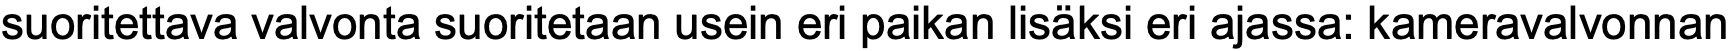
suoritettava valvonta suoritetaan usein eri paikan lisäksi eri ajassa: kameravalvonnan